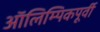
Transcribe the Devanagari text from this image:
ऑलिम्पिकपूर्वी